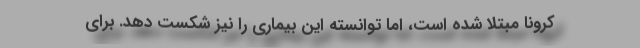
کرونا مبتلا شده است، اما توانسته این بیماری را نیز شکست دهد. برای